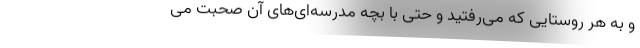
و به هر روستایی که می‌رفتید و حتی با بچه مدرسه‌ای‌های آن صحبت می‌